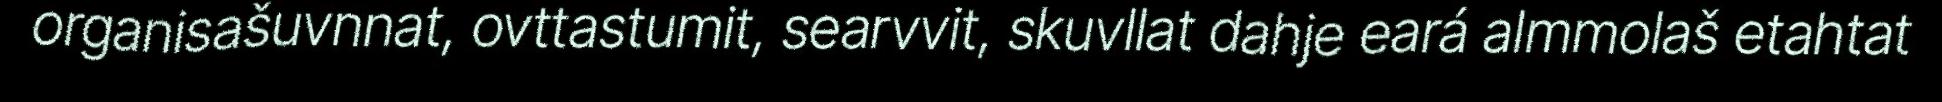
organisašuvnnat, ovttastumit, searvvit, skuvllat dahje eará almmolaš etahtat